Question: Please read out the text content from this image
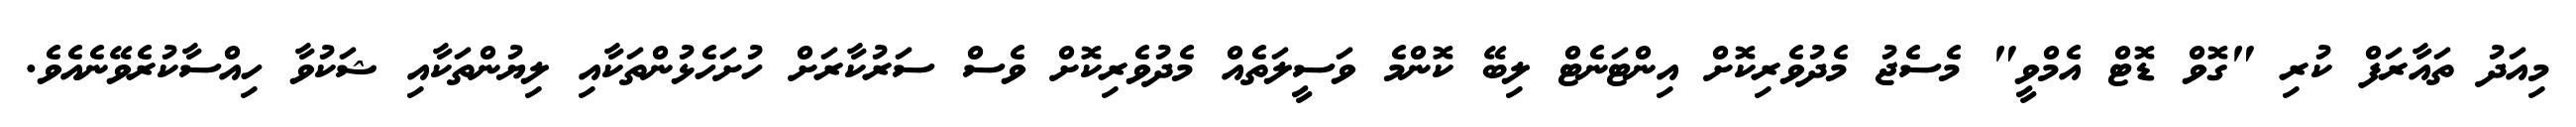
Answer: މިއަދު ތައާރަފް ކުރި "ގޮވް ޑޮޓް އެމްވީ" މެސެޖު މެދުވެރިކޮށް އިންޓަނެޓް ލިބޭ ކޮންމެ ވަސީލަތެއް މެދުވެރިކޮށް ވެސް ސަރުކާރަށް ހުށަހެޅުންތަކާއި ލިޔުންތަކާއި ޝަކުވާ ހިއްސާކުރެވޭނެއެވެ.